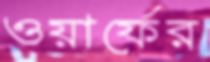
ওয়ার্ফের